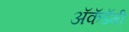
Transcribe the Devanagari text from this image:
अॅकॅडॅमी